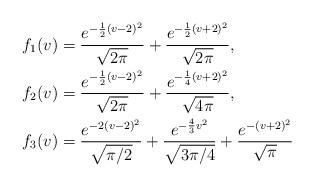
\begin{align*}f_1(v) &= \frac{e^{-\frac{1}{2}(v - 2)^2}}{\sqrt{2 \pi}} +\frac{e^{-\frac{1}{2}(v + 2)^2}}{\sqrt{2 \pi}},\\f_2(v) &= \frac{e^{-\frac{1}{2}(v - 2)^2}}{\sqrt{2 \pi}} +\frac{e^{-\frac{1}{4}(v + 2)^2}}{\sqrt{4 \pi}},\\f_3(v) &= \frac{e^{-2(v - 2)^2}}{\sqrt{\pi/2}} +\frac{e^{-\frac{4}{3}v^2}}{\sqrt{3\pi/4}}+\frac{e^{-(v + 2)^2}}{\sqrt{\pi}}\end{align*}